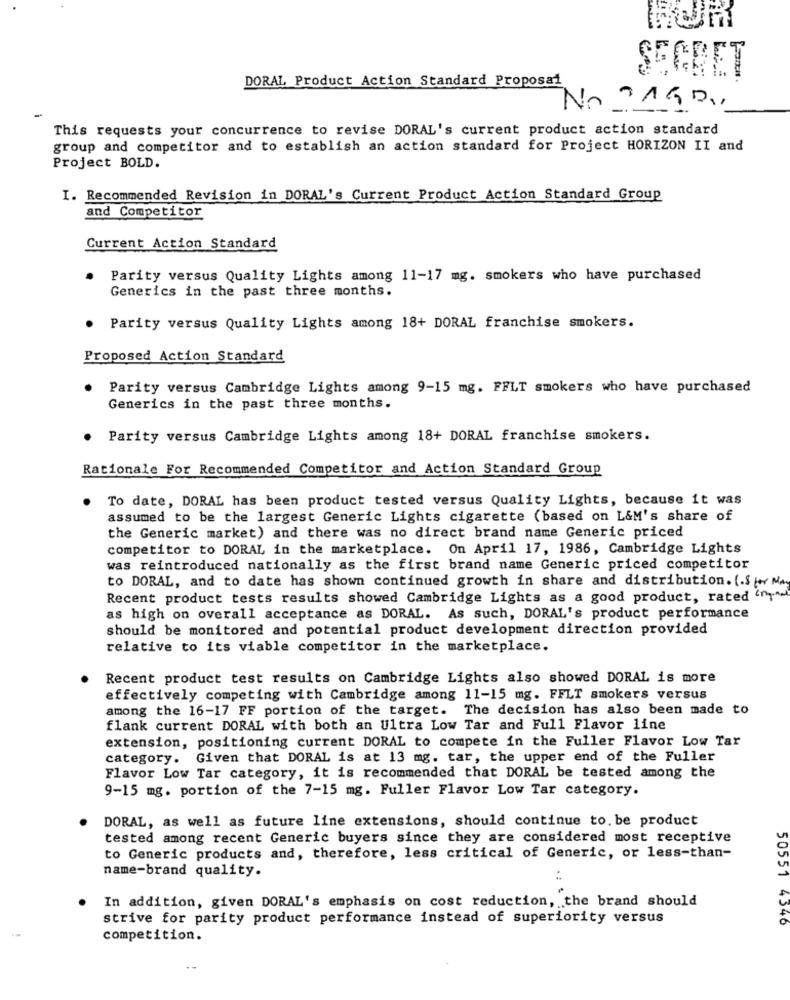
SECRET
DORAL Product Action Standard Proposal
No ?190.
This requests your concurrence to revise DORAL's current product action standard
group and competitor and to establish an action standard for Project HORIZON II and
Project BOLD.
I. Recommended Revision in DORAL's Current Product Action Standard Group
and Competitor
Current Action Standard
Parity versus Quality Lights among 11-17 mg. smokers who have purchased
Generics in the past three months.
Parity versus Quality Lights among 18+ DORAL franchise smokers.
Proposed Action Standard
Parity versus Cambridge Lights among 9-15 mg. FFLT smokers who have purchased
Generics in the past three months.
Parity versus Cambridge Lights among 18+ DORAL franchise smokers.
Rationale For Recommended Competitor and Action Standard Group
To date, DORAL has been product tested versus Quality Lights, because it was
assumed to be the largest Generic Lights cigarette (based on L&M's share of
the Generic market) and there was no direct brand name Generic priced
competitor to DORAL in the marketplace. On April 17, 1986, Cambridge Lights
was reintroduced nationally as the first brand name Generic priced competitor
to DORAL, and to date has shown continued growth in share and distribution. (. fr Ma
Recent product tests results showed Cambridge Lights as a good product, rated '
as high on overall acceptance as DORAL. As such, DORAL's product performance
should be monitored and potential product development direction provided
relative to its viable competitor in the marketplace.
Recent product test results on Cambridge Lights also showed DORAL is more
effectively competing with Cambridge among 11-15 mg. FFLT smokers versus
among the 16-17 FF portion of the target. The decision has also been made to
flank current DORAL with both an Ultra Low Tar and Full Flavor line
extension, positioning current DORAL to compete in the Fuller Flavor Low Tar
category. Given that DORAL is at 13 mg. tar, the upper end of the Fuller
Flavor Low Tar category, it is recommended that DORAL be tested among the
9-15 mg. portion of the 7-15 mg. Fuller Flavor Low Tar category.
DORAL, as well as future line extensions, should continue to. be product
tested among recent Generic buyers since they are considered most receptive
to Generic products and, therefore, less critical of Generic, or less-than-
name-brand quality.
In addition, given DORAL's emphasis on cost reduction, the brand should
strive for parity product performance instead of superiority versus
50551 4346
competition.